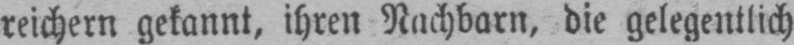
reichern gekannt, ihren Nachbarn, die gelegentlich